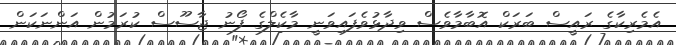
އެމެރިކާގެ ރައީސް ބަރަކް އޮބާމާވެސް ވިދާޅުވެފައިވަނީ މާކެލްގެ ފޯނު ޖާސޫސް ކުރަމުން އަންނަކަން